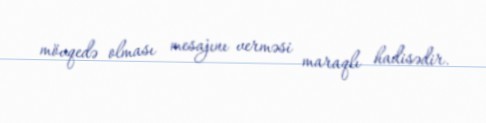
mövqedə olması mesajını verməsi maraqlı hadisədir.